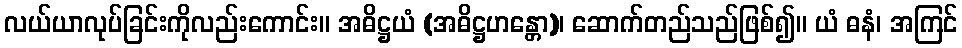
လယ်ယာလုပ်ခြင်းကိုလည်းကောင်း။ အဓိဋ္ဌယံ (အဓိဋ္ဌဟန္တော)၊ ဆောက်တည်သည်ဖြစ်၍။ ယံ ဓနံ၊ အကြင်